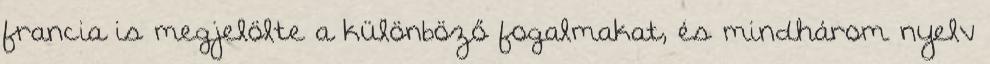
francia is megjelölte a különböző fogalmakat, és mindhárom nyelv